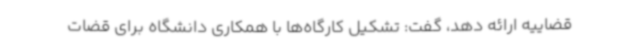
قضاییه ارائه دهد، گفت: تشکیل کارگاه‌ها با همکاری دانشگاه برای قضات